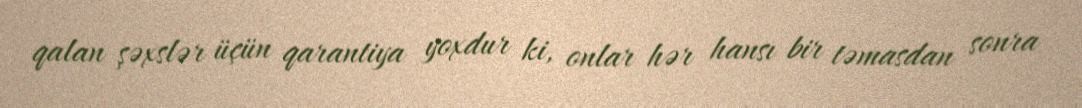
qalan şəxslər üçün qarantiya yoxdur ki, onlar hər hansı bir təmasdan sonra